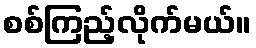
စစ်ကြည့်လိုက်မယ်။